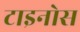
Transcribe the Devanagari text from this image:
टाइनोस